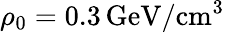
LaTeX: \rho_{0}=0.3\, \mathrm{GeV}/\mathrm{cm}^{3}